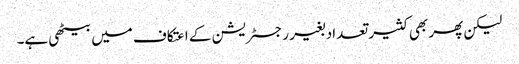
لیکن پھر بھی کثیر تعداد بغیر رجسٹریشن کے اعتکاف میں بیٹھی ہے۔